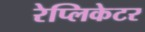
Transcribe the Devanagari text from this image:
रेप्लिकेटर